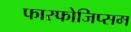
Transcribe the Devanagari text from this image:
फास्फोजिप्सम